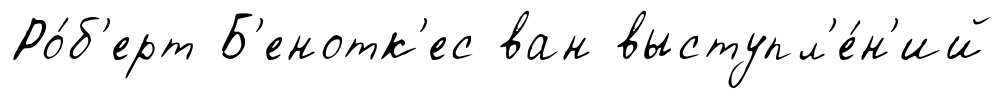
Ро́б'ерт Б'енотк'ес ван выступл'е́н'ий